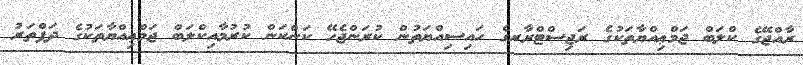
ރާއްޖޭގެ ކްލަބް ޖަމްޢިއްޔާތަކުގެ ރަޖިސްޓްރާރގެ ހައިސިއްޔަތުން ކުރަންޖެހޭ ކަންކަން ކުރުމާއިކްލަބް ޖަމްޢިއްޔާތަކުގެ ދަފްތަރު